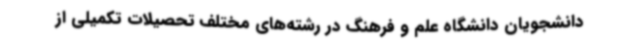
دانشجویان دانشگاه علم و فرهنگ در رشته‌های مختلف تحصیلات تکمیلی از